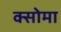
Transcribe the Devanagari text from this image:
क्सोमा